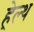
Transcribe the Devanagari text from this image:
हे़ल्थ